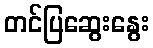
တင်ပြဆွေးနွေး